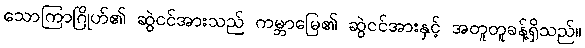
သောကြာဂြိုဟ်၏ ဆွဲငင်အားသည် ကမ္ဘာမြေ၏ ဆွဲငင်အားနှင့် အတူတူခန့်ရှိသည်။